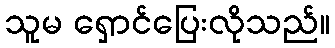
သူမ ရှောင်ပြေးလိုသည်။